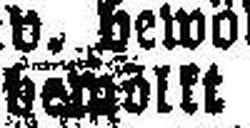
bewöllt